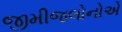
જીમીજલોનોએ